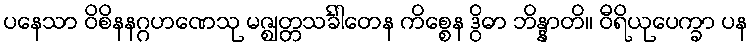
ပနေသာ ဝိစိနနဂ္ဂဟဏေသု မဇ္ဈတ္တသင်္ခါတေန ကိစ္စေန ဒွိဓာ ဘိန္နာတိ။ ဝီရိယုပေက္ခာ ပန